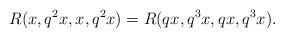
LaTeX: \begin{align*} R(x,q^{2}x,x,q^{2}x)=R(qx,q^{3}x,qx,q^{3}x). \end{align*}